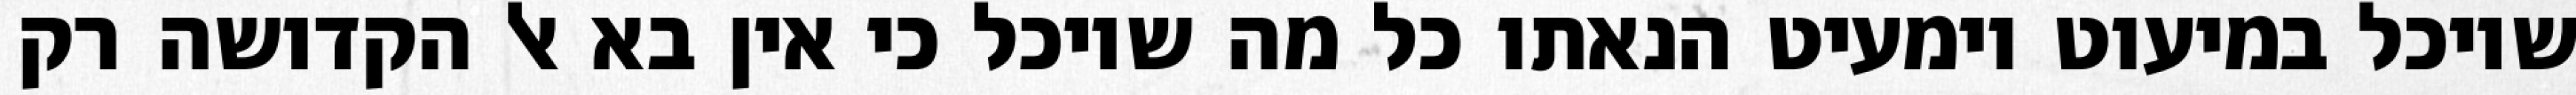
שיוכל במיעוט וימעיט הנאתו כל מה שיוכל כי אין בא אל הקדושה רק